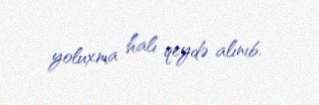
yoluxma halı qeydə alınıb.